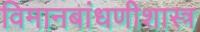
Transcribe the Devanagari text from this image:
विमानबांधणीशास्त्र